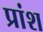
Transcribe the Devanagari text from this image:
प्रांश